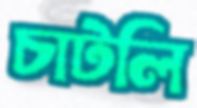
চাটলি